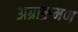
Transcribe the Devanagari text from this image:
अग्राक्रमण